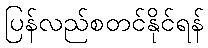
ပြန်လည်စတင်နိုင်ရန်